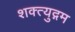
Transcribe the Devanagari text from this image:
शक्त्युद्गम